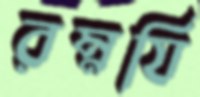
রম্নযি